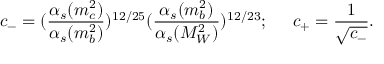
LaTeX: c _ { - } = ( { \frac { \alpha _ { s } ( m _ { c } ^ { 2 } ) } { \alpha _ { s } ( m _ { b } ^ { 2 } ) } } ) ^ { 1 2 / 2 5 } ( { \frac { \alpha _ { s } ( m _ { b } ^ { 2 } ) } { \alpha _ { s } ( M _ { W } ^ { 2 } ) } } ) ^ { 1 2 / 2 3 } ; \; \; \; \; \; c _ { + } = { \frac { 1 } { \sqrt { c _ { - } } } } .